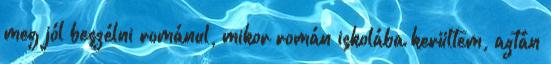
meg jól beszélni románul, mikor román iskolába kerültem, aztán